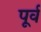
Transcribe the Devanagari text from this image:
पूर्व